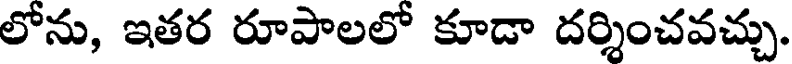
లోను, ఇతర రూపాలలో కూడా దర్శించవచ్చు.